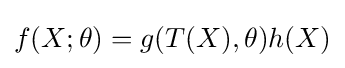
f(X;\theta )=g(T(X),\theta )h(X)